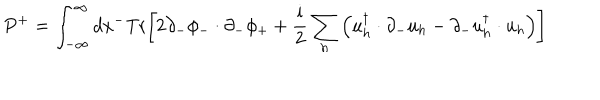
LaTeX: P ^ { + } = \int _ { - \infty } ^ { \infty } d x ^ { - } \mathrm { T r } \biggl [ 2 \partial _ { - } \phi _ { - } \cdot \partial _ { - } \phi _ { + } + { \frac { \mathrm { i } } { 2 } } \sum _ { h } \left( u _ { h } ^ { \dagger } \cdot \partial _ { - } u _ { h } - \partial _ { - } u _ { h } ^ { \dagger } \cdot u _ { h } \right) \biggr ]